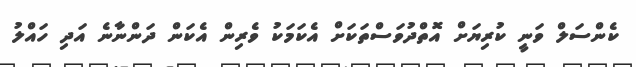
ކެންސަލް ވަނީ ކުރިޔަށް އޮތްދުވަސްތަކަށް އެކަމަކު ވެރިން އެކަން ދަންނާނެ އަދި ހައްލު